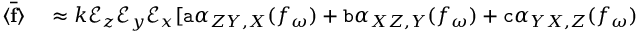
\begin{array} { r l } { \langle \overline { { \mathbf { f } } } \rangle } & { { } \approx k \mathcal { E } _ { z } \mathcal { E } _ { y } \mathcal { E } _ { x } [ \mathtt { a } \alpha _ { Z Y , X } ( f _ { \omega } ) + \mathtt { b } \alpha _ { X Z , Y } ( f _ { \omega } ) + \mathtt { c } \alpha _ { Y X , Z } ( f _ { \omega } ) } \end{array}